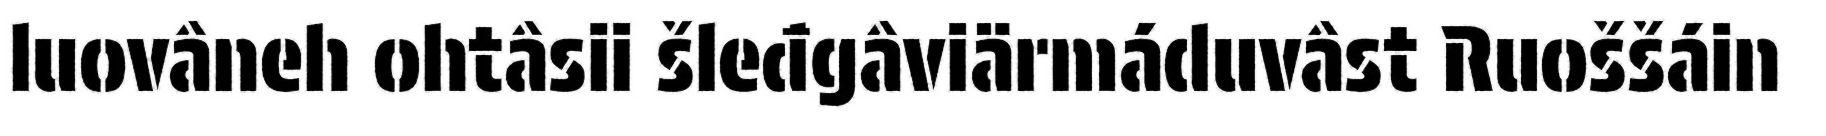
luovâneh ohtâsii šleđgâviärmáduvâst Ruoššáin